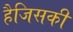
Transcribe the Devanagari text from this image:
हैजिसकी